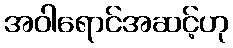
အဝါရောင်အဆင့်ဟု